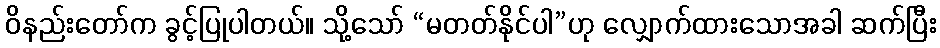
ဝိနည်းတော်က ခွင့်ပြုပါတယ်။ သို့သော် “မတတ်နိုင်ပါ”ဟု လျှောက်ထားသောအခါ ဆက်ပြီး